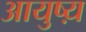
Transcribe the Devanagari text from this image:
आयुष्य़